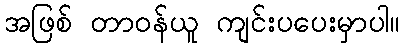
အဖြစ် တာဝန်ယူ ကျင်းပပေးမှာပါ။